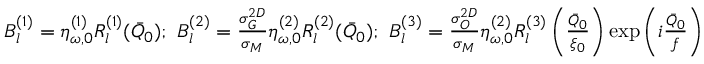
\begin{array} { r } { B _ { l } ^ { ( 1 ) } = \eta _ { \omega , 0 } ^ { ( 1 ) } R _ { l } ^ { ( 1 ) } ( \bar { Q } _ { 0 } ) ; \, \, B _ { l } ^ { ( 2 ) } = \frac { \sigma _ { G } ^ { 2 D } } { \sigma _ { M } } \eta _ { \omega , 0 } ^ { ( 2 ) } R _ { l } ^ { ( 2 ) } ( \bar { Q } _ { 0 } ) ; \, \, B _ { l } ^ { ( 3 ) } = \frac { \sigma _ { O } ^ { 2 D } } { \sigma _ { M } } \eta _ { \omega , 0 } ^ { ( 2 ) } R _ { l } ^ { ( 3 ) } \left( \frac { \bar { Q } _ { 0 } } { \xi _ { 0 } } \right) \exp \left( i \frac { \bar { Q } _ { 0 } } { f } \right) . } \end{array}